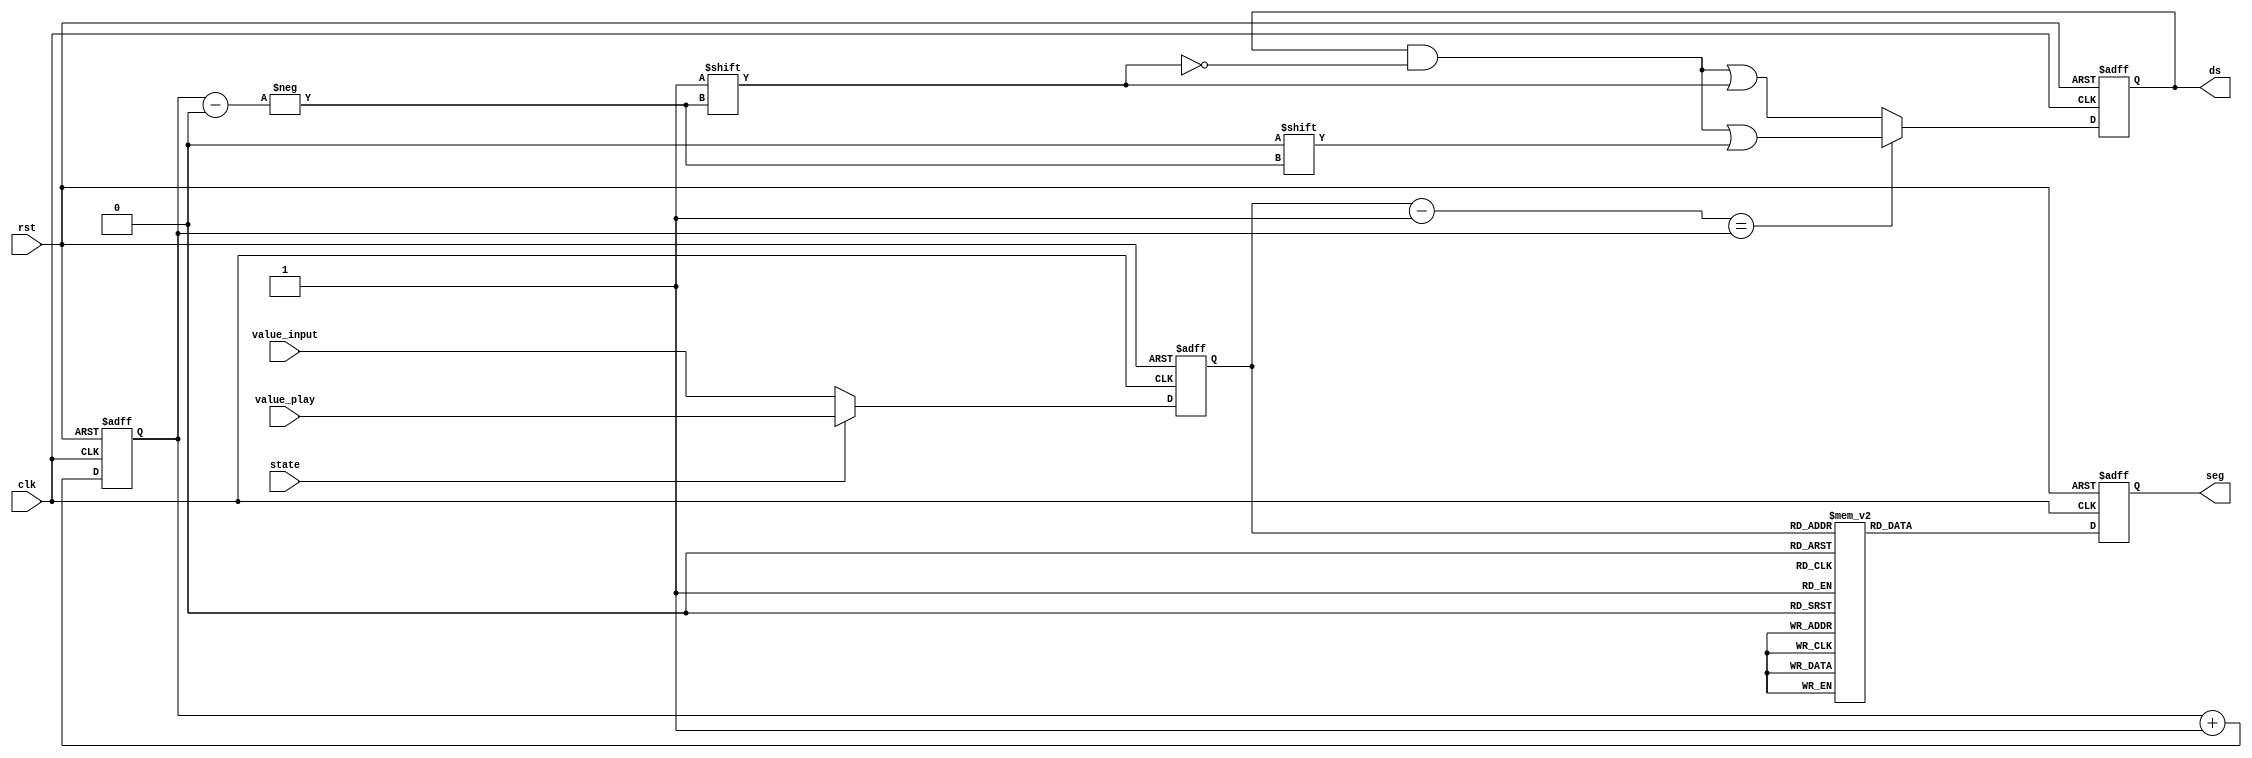
module tube(
			input [2:0]value_input,
			input clk,
			input rst,
			output reg[7:0]ds,
			output reg[7:0]seg,
			input state,
			input [2:0]value_play
			);
reg [2:0]value;
always@(posedge clk or posedge rst)
if(rst)value=3'b000;
else if(state)value=value_play;
else value=value_input;

task shownum;
	input [2:0]value;
	output [7:0]seg;
	begin
	case (value)
	3'b000:seg=8'b00000000;
	3'b001:seg=8'b00000110;
	3'b010:seg=8'b01011011;
	3'b011:seg=8'b01001111;
	3'b100:seg=8'b01100110;
	3'b101:seg=8'b01101101;
	3'b110:seg=8'b01111101;
	3'b111:seg=8'b00100111;
	default: seg=8'b00000000;
	endcase
	end
endtask

reg [2:0]curtube;
always@(posedge rst or posedge clk)
if(rst)curtube=3'b000;
else curtube=curtube+1;

always@(posedge clk or posedge rst)
if(rst)seg=8'b0;
else shownum(value,seg);

always@(posedge clk or posedge rst)
if(rst)ds=8'b1;
else if(value-1'b1==curtube)ds[curtube]=0;
else ds[curtube]=1'b1;

endmodule